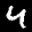
Label: 4